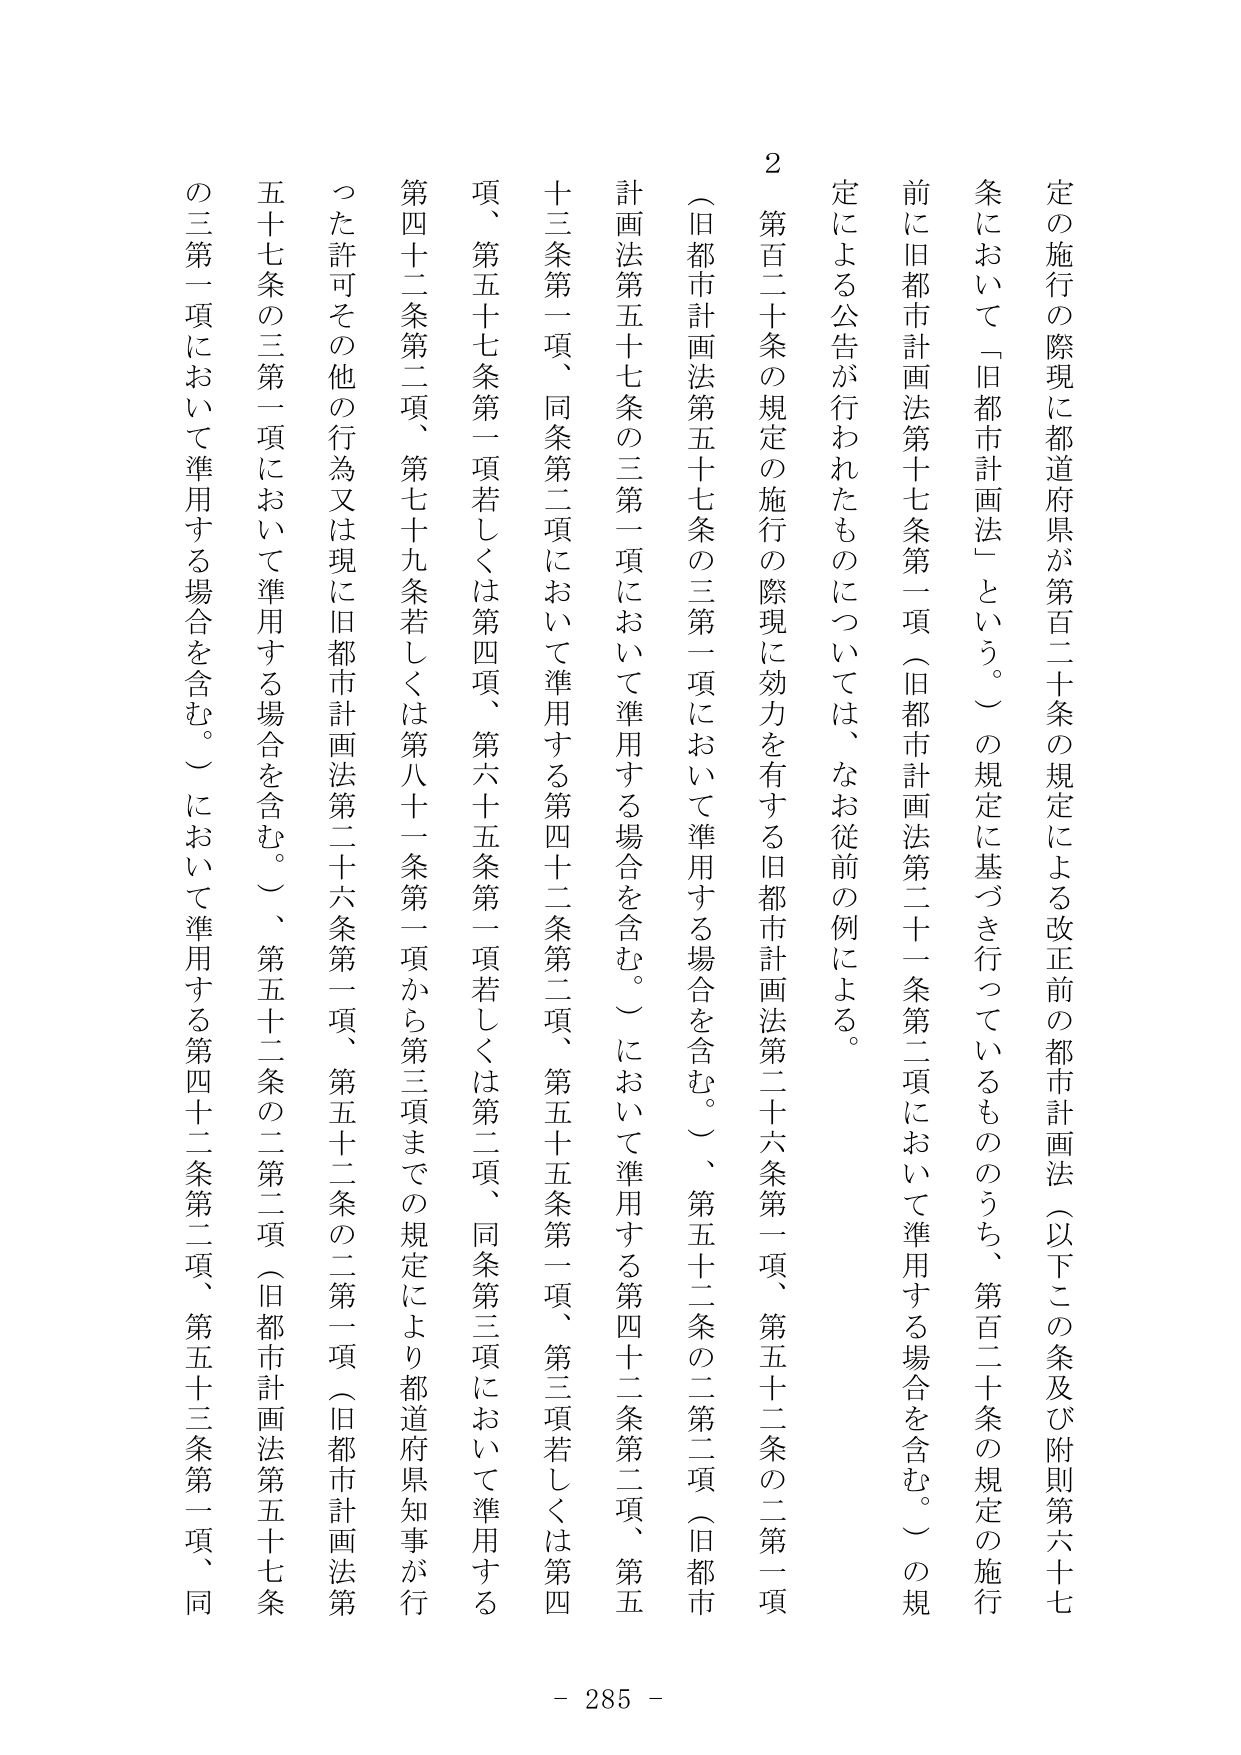
定の施行の際現に都道府県が第百二十条の規定による改正前の都市計画法（以下この条及び附則第六十七条において「旧都市計画法」という。）の規定に基づき行っているもののうち、第百二十条の規定の施行前に旧都市計画法第十七条第一項（旧都市計画法第二十一条第二項において準用する場合を含む。）の規定による公告が行われたものについては、なお従前の例による。

２ 第百二十条の規定の施行の際現に効力を有する旧都市計画法第二十六条第一項、第五十二条の二第一項（旧都市計画法第五十七条の三第一項において準用する場合を含む。）、第五十二条の二第二項（旧都市計画法第五十七条の三第一項において準用する場合を含む。）において準用する第四十二条第二項、第五十三条第一項、同条第二項において準用する第四十二条第二項、第五十五条第一項、第三項若しくは第四項、第五十七条第一項若しくは第四項、第六十五条第一項若しくは第二項、同条第三項において準用する第四十二条第二項、第七十九条若しくは第八十一条第一項から第三項までの規定により都道府県知事が行った許可その他の行為又は現に旧都市計画法第二十六条第一項、第五十二条の二第一項（旧都市計画法第五十七条の三第一項において準用する場合を含む。）、第五十二条の二第二項（旧都市計画法第五十七条の三第一項において準用する場合を含む。）において準用する第四十二条第二項、第五十三条第一項、同

- 285 -